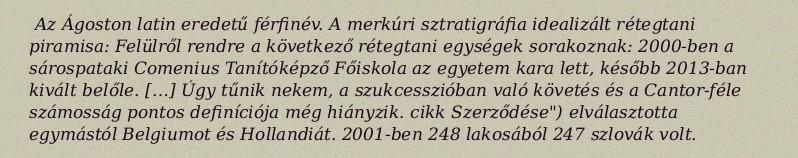
Az Ágoston latin eredetű férfinév. A merkúri sztratigráfia idealizált rétegtani piramisa: Felülről rendre a következő rétegtani egységek sorakoznak: 2000-ben a sárospataki Comenius Tanítóképző Főiskola az egyetem kara lett, később 2013-ban kivált belőle. […] Úgy tűnik nekem, a szukcesszióban való követés és a Cantor-féle számosság pontos definíciója még hiányzik. cikk Szerződése") elválasztotta egymástól Belgiumot és Hollandiát. 2001-ben 248 lakosából 247 szlovák volt.